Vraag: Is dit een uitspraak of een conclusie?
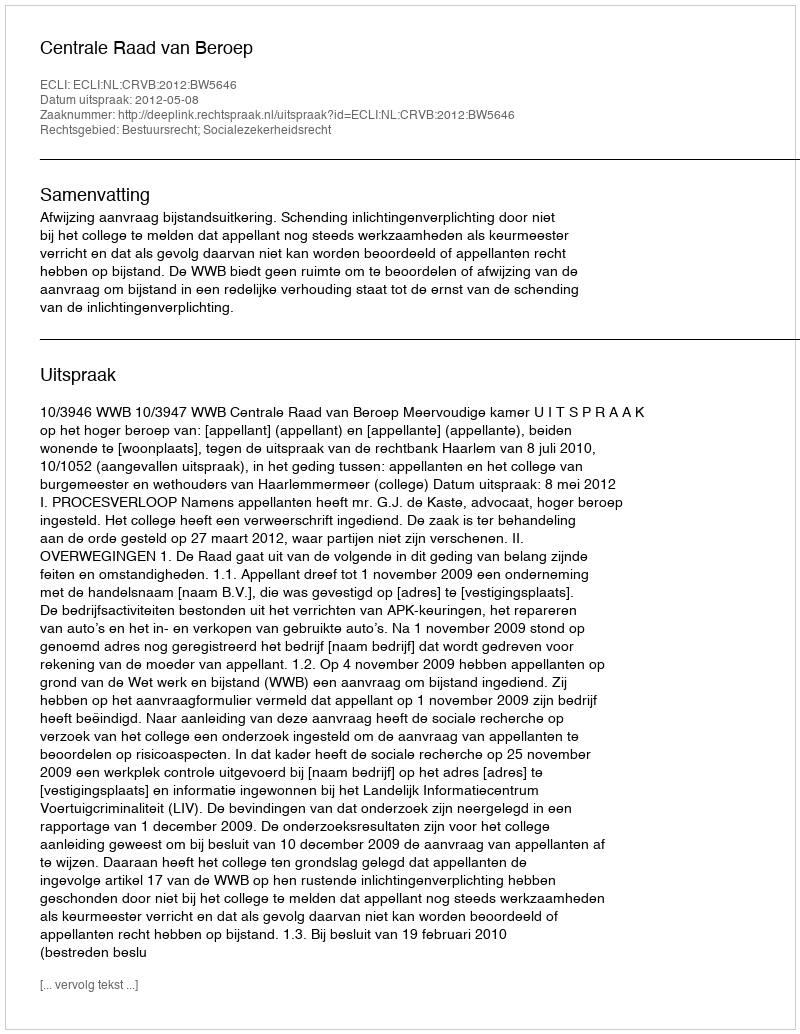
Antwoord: Uitspraak